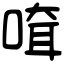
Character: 𠸊